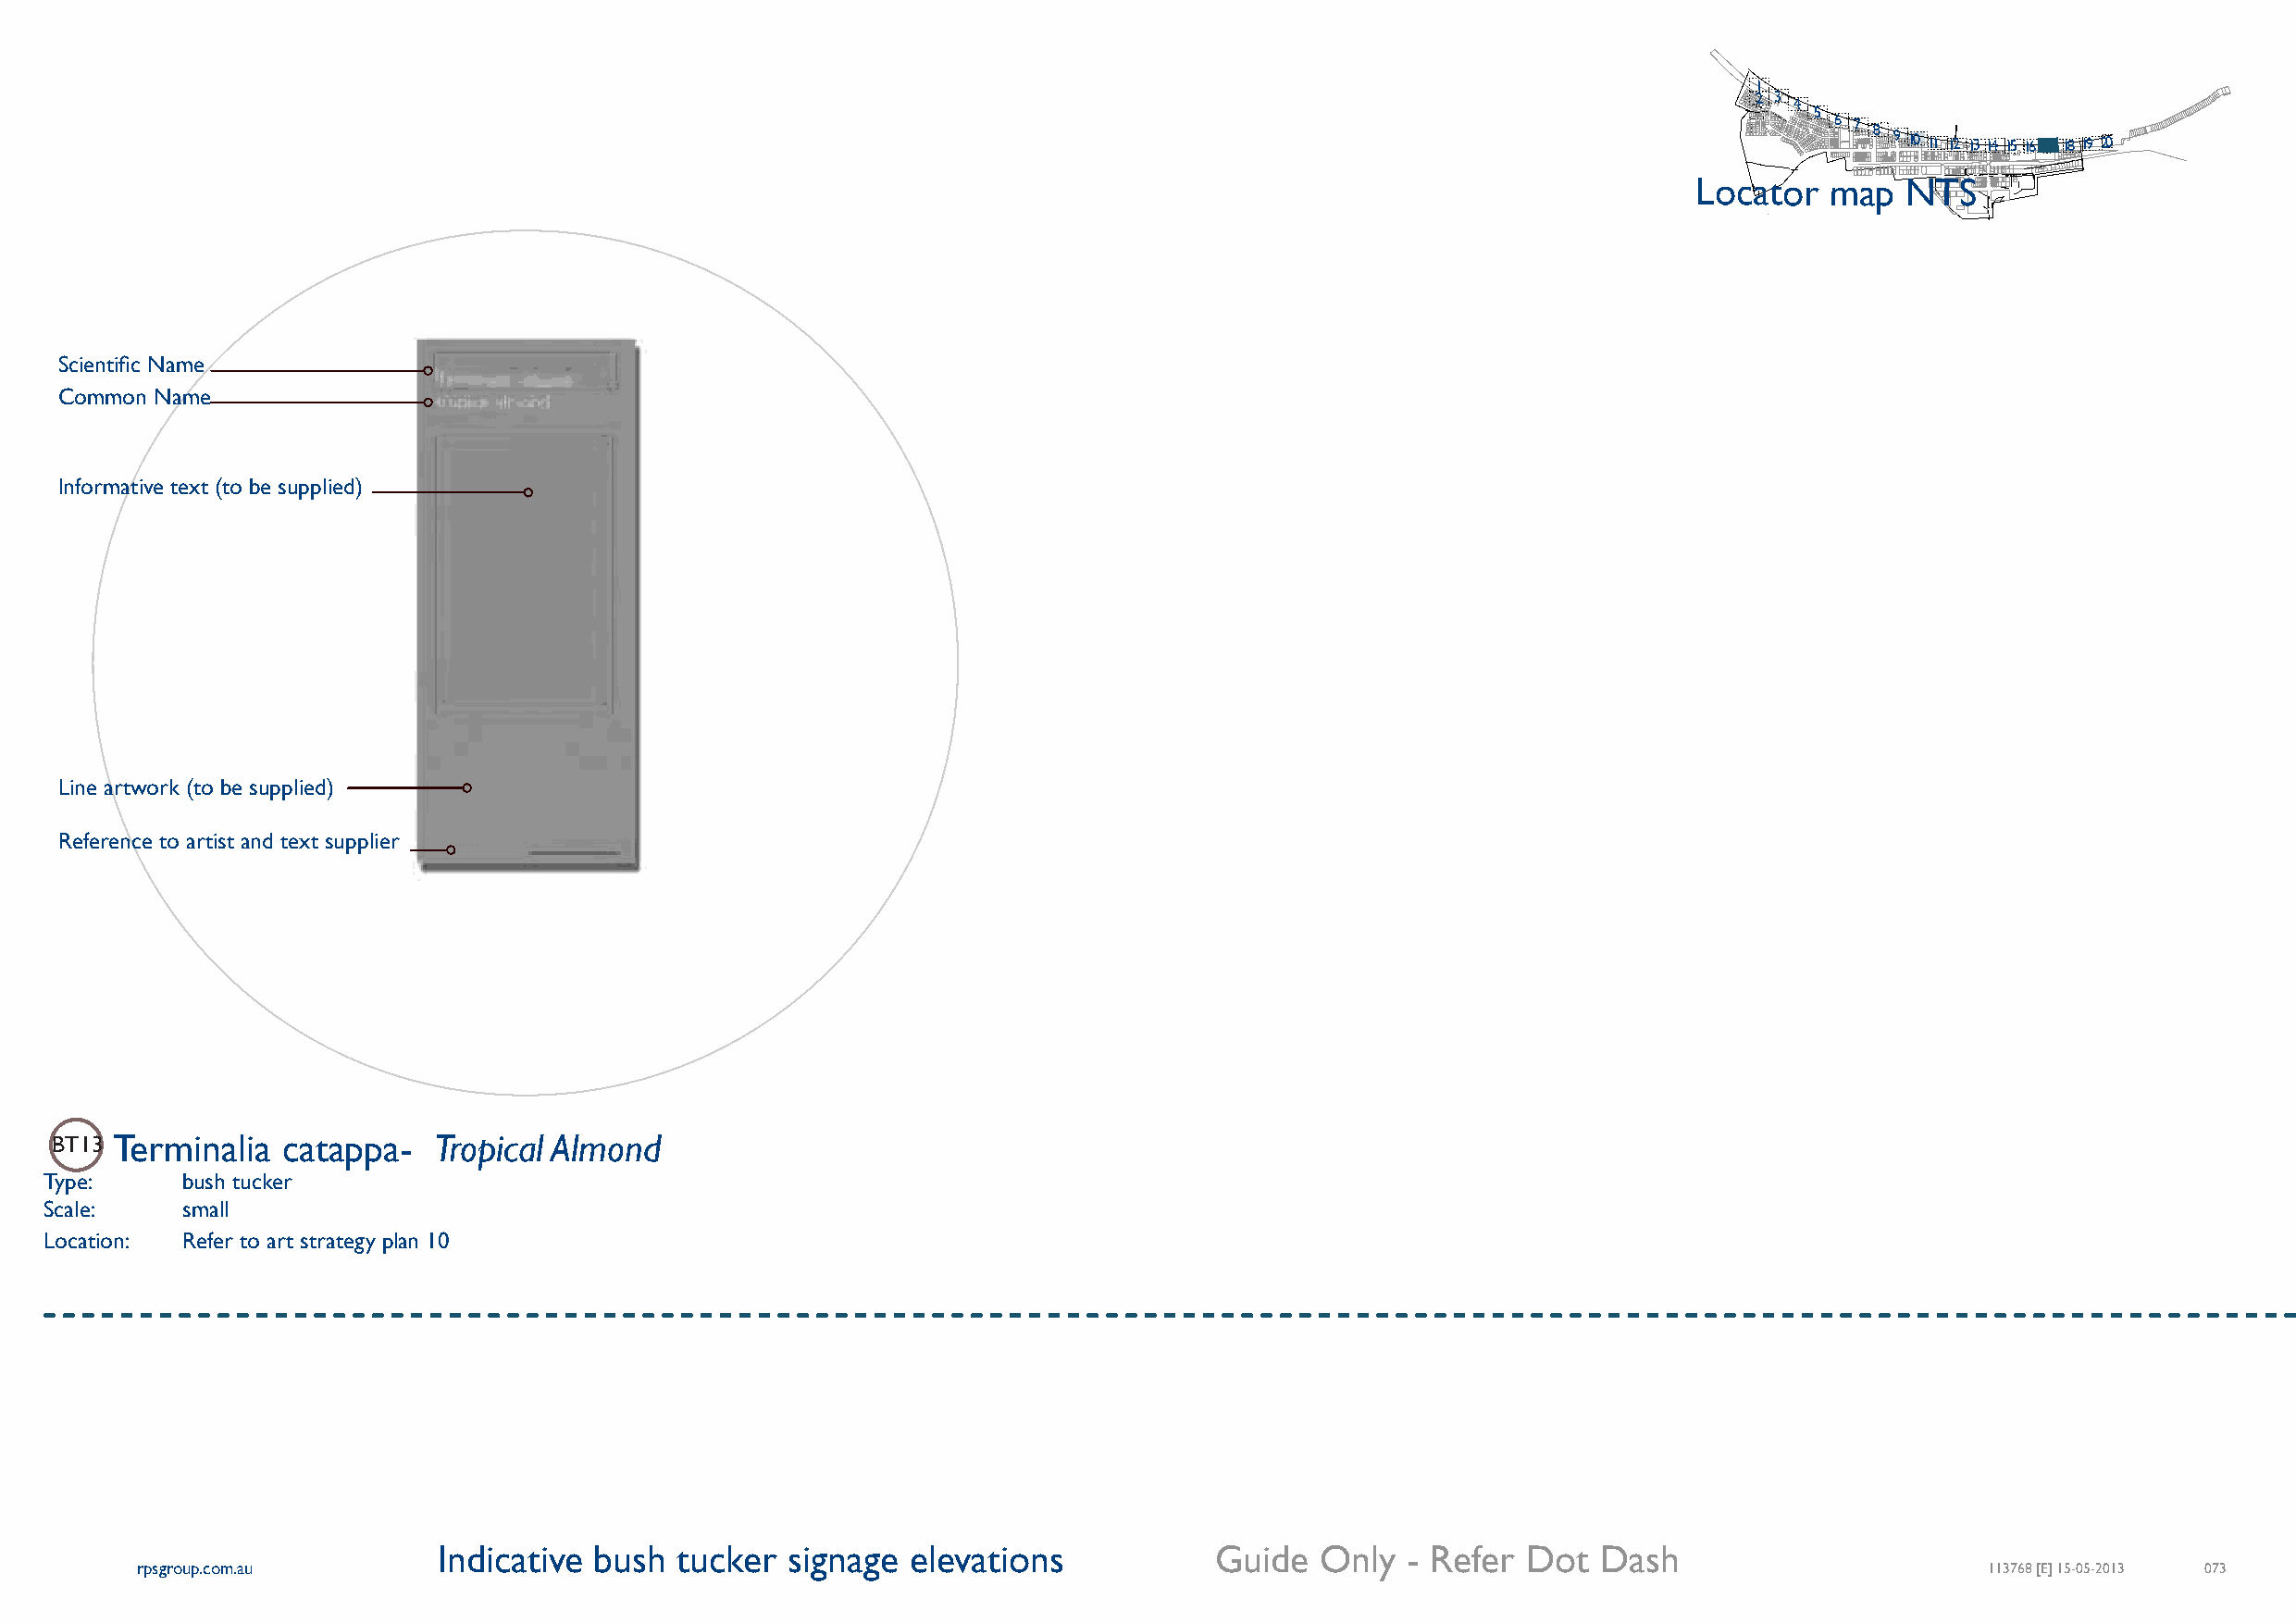
1
 2 3
 4
 5
 6 7 8 9 10 11 12 13 14 15 16 17 18 19 20
 Locator   map  NTS
 Scientific Name
 Common Name
 Informative text (to be supplied)
 Line artwork (to be supplied)
 Reference to artist and text supplier
 BT13 Terminalia catappa-   Tropical Almond
 Type:     bush tucker
 Scale:    small
 Location: Refer to art strategy plan 10
 Indicative  bush tucker  signage  elevations            Guide  Only   - Refer Dot  Dash
 rpsgroup.com.au                                                                                                                     113768 [E] 15-05-2013 073